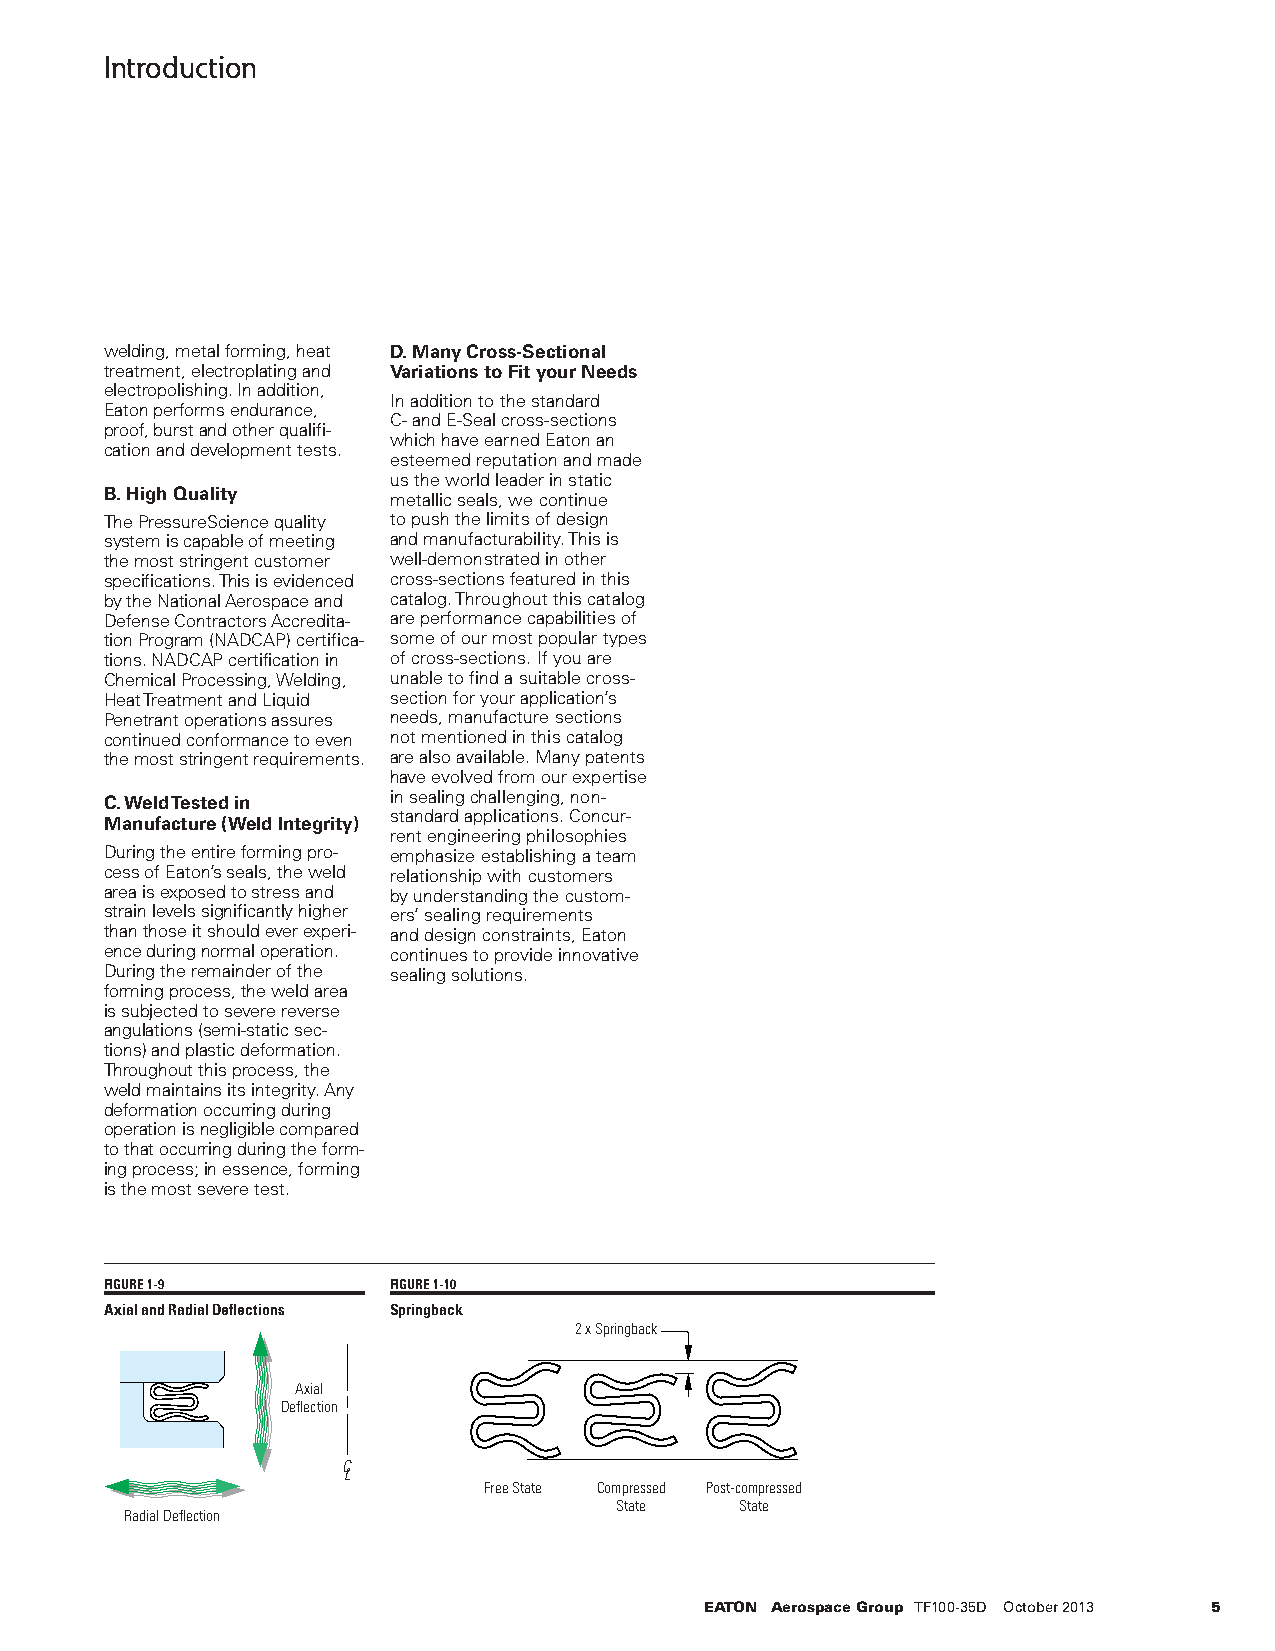
Introduction
 welding, metal forming, heat D. Many Cross-Sectional
 treatment, electroplating and Variations to Fit your Needs
 electropolishing. In addition,
 In addition to the standard
 Eaton performs endurance,
 C- and E-Seal cross-sections
 proof, burst and other qualifi-
 which have earned Eaton an
 cation and development tests.
 esteemed reputation and made
 us the world leader in static
 B. High Quality
 metallic seals, we continue
 The PressureScience quality to push the limits of design
 system is capable of meeting and manufacturability. This is
 the most stringent customer well-demonstrated in other
 specifications. This is evidenced cross-sections featured in this
 by the National Aerospace and catalog. Throughout this catalog
 Defense Contractors Accredita- are performance capabilities of
 tion Program (NADCAP) certifica- some of our most popular types
 tions. NADCAP certification in of cross-sections. If you are
 Chemical Processing, Welding, unable to find a suitable cross-
 Heat Treatment and Liquid section for your application’s
 Penetrant operations assures needs, manufacture sections
 continued conformance to even not mentioned in this catalog
 the most stringent requirements. are also available. Many patents
 have evolved from our expertise
 C. Weld Tested in  in sealing challenging, non-
 standard applications. Concur-
 Manufacture (Weld Integrity)
 rent engineering philosophies
 During the entire forming pro- emphasize establishing a team
 cess of Eaton’s seals, the weld relationship with customers
 area is exposed to stress and by understanding the custom-
 strain levels significantly higher ers’ sealing requirements
 than those it should ever experi- and design constraints, Eaton
 ence during normal operation. continues to provide innovative
 During the remainder of the sealing solutions.
 forming process, the weld area
 is subjected to severe reverse
 angulations (semi-static sec-
 tions) and plastic deformation.
 Throughout this process, the
 weld maintains its integrity. Any
 deformation occurring during
 operation is negligible compared
 to that occurring during the form-
 ing process; in essence, forming
 is the most severe test.
 FIGURE 1-9         FIGURE 1-10
 Axial and Radial Deflections Springback
 2 x Springback
 Axial
 Deflection
 C
 L
 Free State Compressed Post-compressed
 State   State
 Radial Deflection
 EATON Aerospace Group TF100-35D October 2013 5